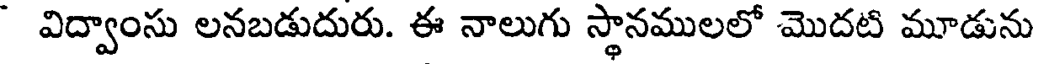
విద్వాంసు లనబడుదురు. ఈ నాలుగు స్థానములలో మొదటి మూడును